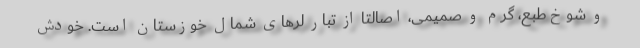
و شوخ‌طبع، گرم و صمیمی، اصالتا از تبار لرهای شمال خوزستان است. خودش